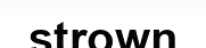
strown